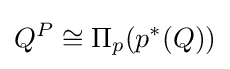
Q^{P}\cong \Pi _{p}(p^{*}(Q))